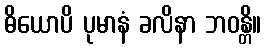
ဓိယောပိ ပုမာနံ ခလိနာ ဘဝန္တိ။